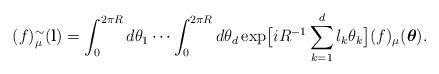
LaTeX: \begin{align*}(f)_{\mu }^{\sim }({\bf l}) =\int_{0}^{2\pi R} d\theta_{1} \cdots \int_{0}^{2\pi R} d\theta_{d} \exp \bigl[ iR^{- 1} \sum_{k = 1}^{d} l_{k} \theta_{k} \bigr] (f)_{\mu }(\mbox{\boldmath{$\theta$}}).\end{align*}